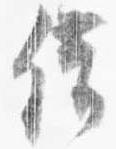
借